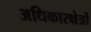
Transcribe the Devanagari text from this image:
अधिकारक्षेत्रों